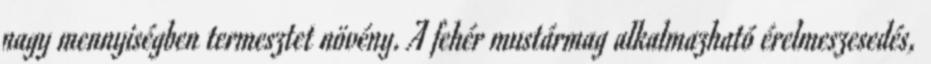
nagy mennyiségben termesztet növény. A fehér mustármag alkalmazható érelmeszesedés,